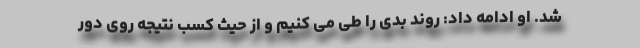
شد. او ادامه داد: روند بدی را طی می کنیم و از حیث کسب نتیجه روی دور